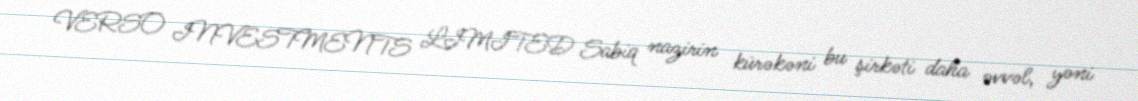
VERSO INVESTMENTS LIMITED Sabiq nazirin kürəkəni bu şirkəti daha əvvəl, yəni